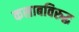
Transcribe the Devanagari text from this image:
कसाबविरुद्ध